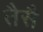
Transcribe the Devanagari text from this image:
तैसै